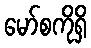
မော်စကိုရှိ